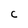
Character: C